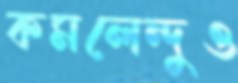
কমলেন্দুও